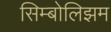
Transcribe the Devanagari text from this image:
सिम्बोलिझम